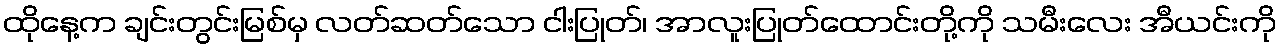
ထိုနေ့က ချင်းတွင်းမြစ်မှ လတ်ဆတ်သော ငါးပြုတ်၊ အာလူးပြုတ်ထောင်းတို့ကို သမီးလေး အီယင်းကို